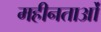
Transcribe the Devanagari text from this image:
महीनताओं